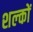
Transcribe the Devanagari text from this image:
शल्‍कों